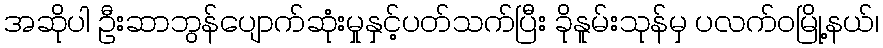
အဆိုပါ ဦးဆာဘွန်ပျောက်ဆုံးမှုနှင့်ပတ်သက်ပြီး ခိုနူမ်းသုန်မှ ပလက်ဝမြို့နယ်၊